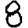
Digit: 8